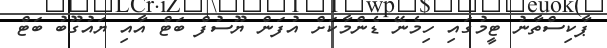
ޕާކިސްތާނު ޓީމުގައި ހިމެނޭ ޑެންމާކަށް އުފަން ޔޫސުފް ބަޓް އާއި ޔައުގޫބު ބަޓް